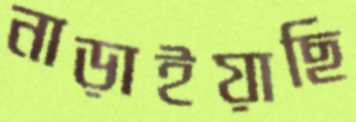
নাড়াইয়াছি